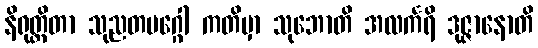
နိရုတ္တိတာ သုညတမဂ္ဂေါ ကတိမှာ သုဘောတိ အလင်္ကရိ ဒုဇ္ဇာနောတိ